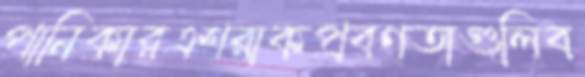
পানিকারএশরাকপ্রবণতাগুলিব